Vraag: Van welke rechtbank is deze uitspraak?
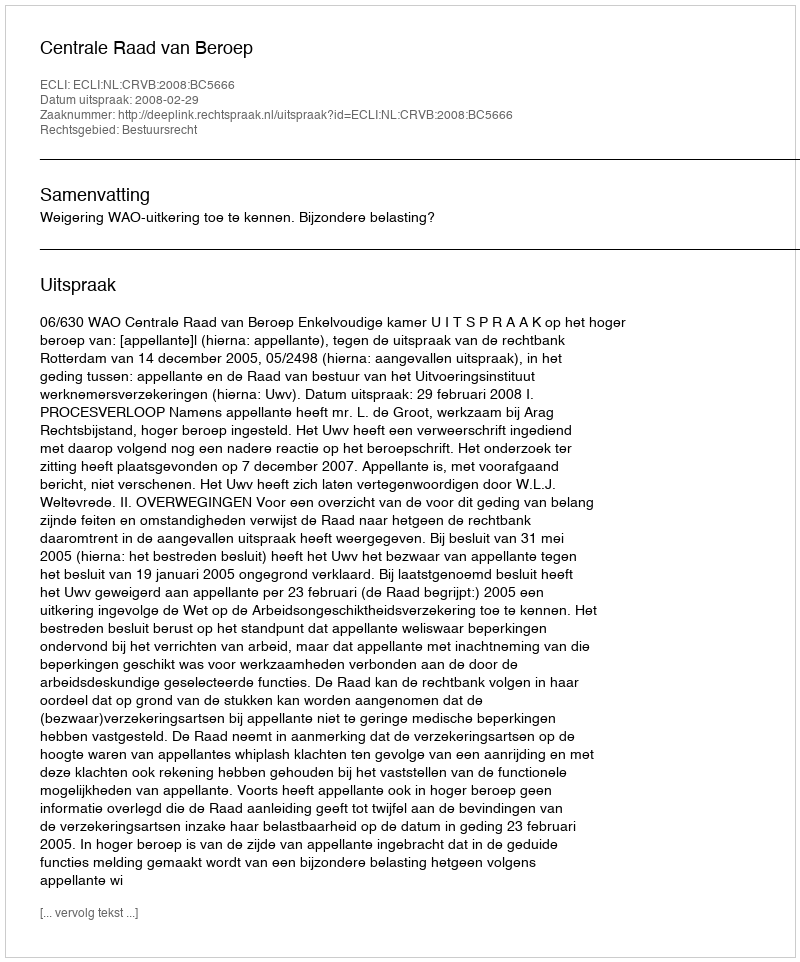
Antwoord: Centrale Raad van Beroep